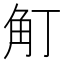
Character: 𧢴